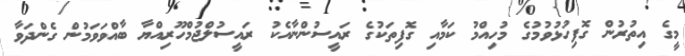
މީގެ އިތުރުން ގޮފިހުޅުވުމުގެ މުހިއްމު ކަމާއި ގޮފިތަކުގެ ރައީސުންނާއެކު ރައީސުލްޖުމްހޫރިއްޔާ ބާއްވަވަމުން ގެންދަވާ